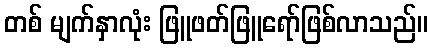
တစ် မျက်နှာလုံး ဖြူဖတ်ဖြူရော်ဖြစ်လာသည်။